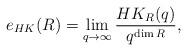
LaTeX: \begin{align*}e_{HK}(R) = \lim_{q\to\infty} \frac{HK_R(q)}{q^{\dim R}},\end{align*}